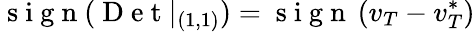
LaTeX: \mathrm{~s~i~g~n~}(\mathrm{~D~e~t~}|_{(1,1)})=\mathrm{~s~i~g~n~}\left(v_{T}-v_{T}^{*}\right)